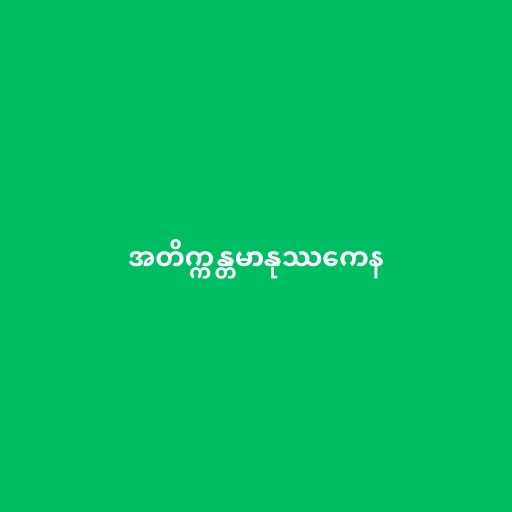
အတိက္ကန္တမာနုဿကေန